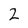
Character: 2